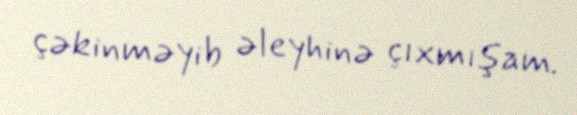
çəkinməyib əleyhinə çıxmışam.